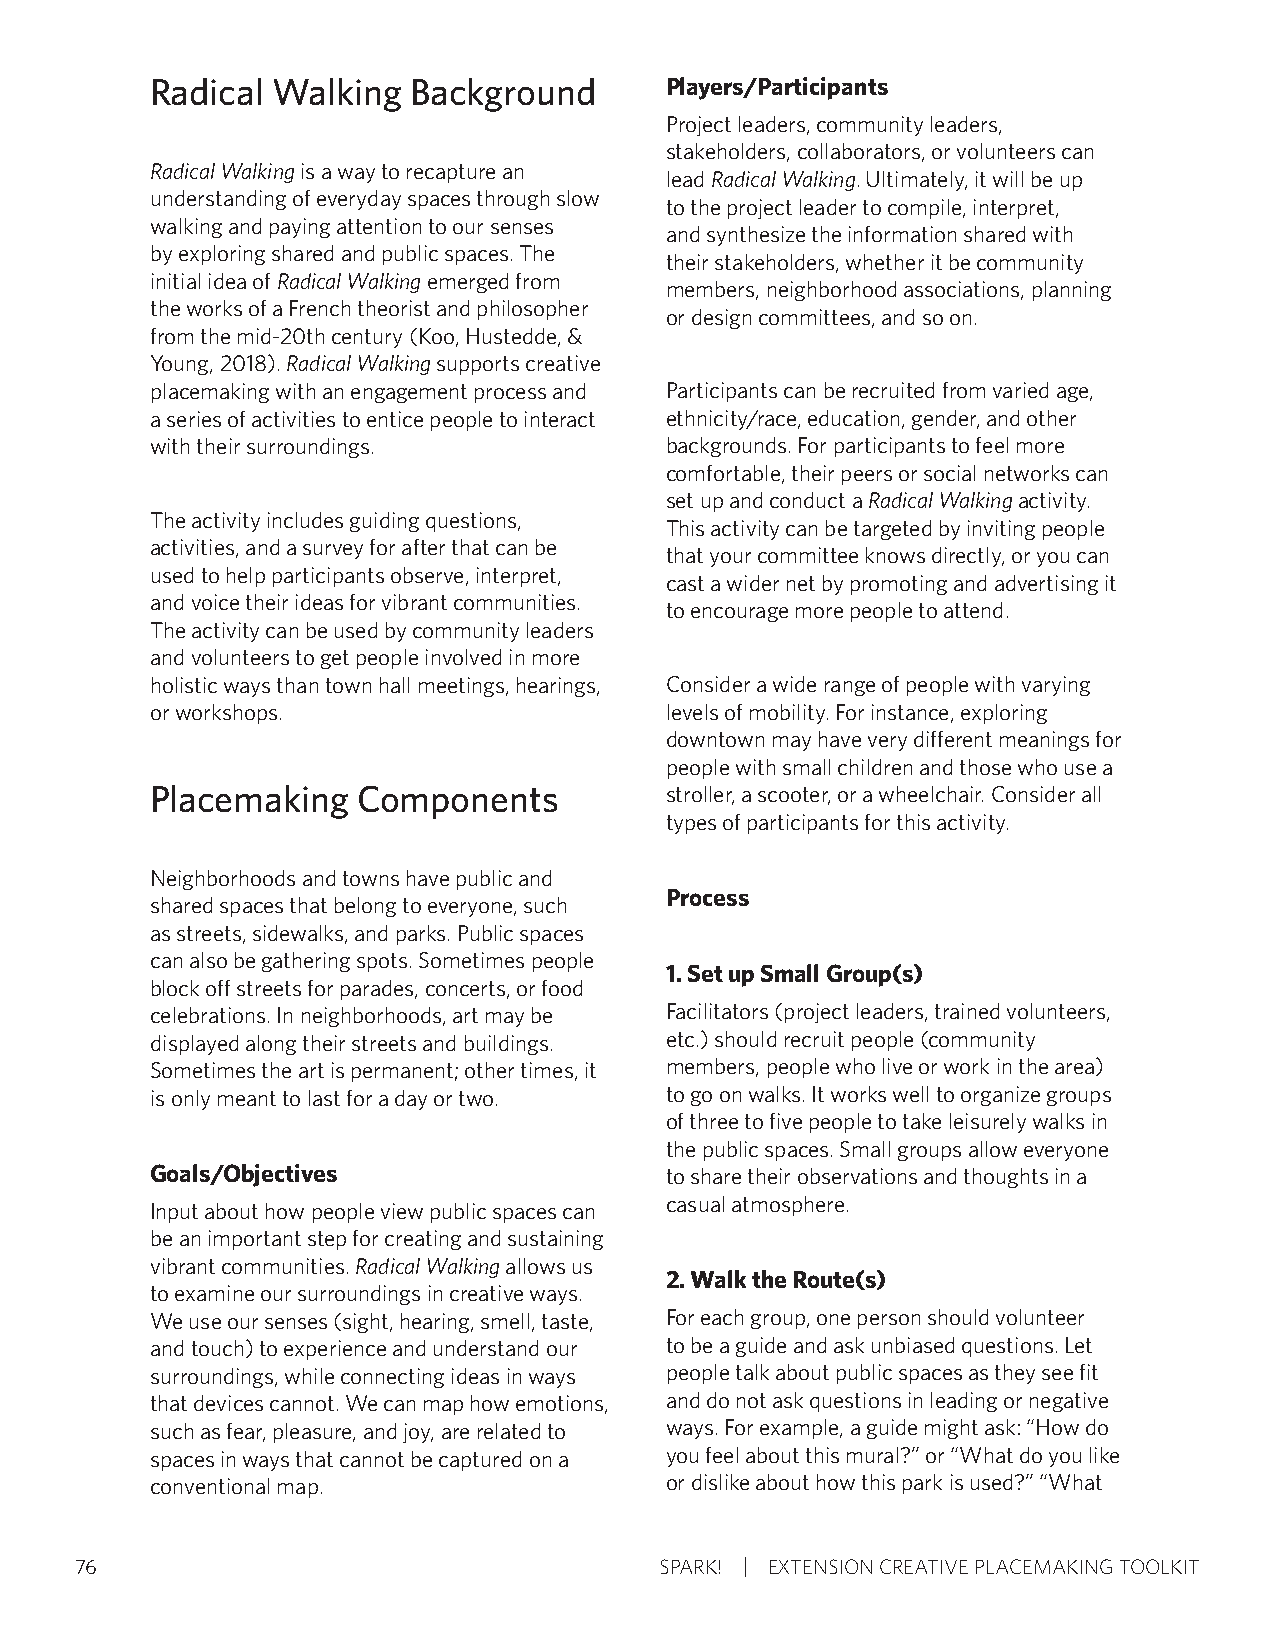
Radical Walking  Background       Players/Participants
 Project leaders, community leaders,
 stakeholders, collaborators, or volunteers can
 Radical Walking is a way to recapture an
 lead Radical Walking. Ultimately, it will be up
 understanding of everyday spaces through slow
 to the project leader to compile, interpret,
 walking and paying attention to our senses
 and synthesize the information shared with
 by exploring shared and public spaces. The
 their stakeholders, whether it be community
 initial idea of Radical Walking emerged from
 members, neighborhood associations, planning
 the works of a French theorist and philosopher
 or design committees, and so on.
 from the mid-20th century (Koo, Hustedde, &
 Young, 2018). Radical Walking supports creative
 placemaking with an engagement process and Participants can be recruited from varied age,
 a series of activities to entice people to interact ethnicity/race, education, gender, and other
 with their surroundings.          backgrounds. For participants to feel more
 comfortable, their peers or social networks can
 set up and conduct a Radical Walking activity.
 The activity includes guiding questions,
 This activity can be targeted by inviting people
 activities, and a survey for after that can be
 that your committee knows directly, or you can
 used to help participants observe, interpret,
 cast a wider net by promoting and advertising it
 and voice their ideas for vibrant communities.
 to encourage more people to attend.
 The activity can be used by community leaders
 and volunteers to get people involved in more
 holistic ways than town hall meetings, hearings, Consider a wide range of people with varying
 or workshops.                     levels of mobility. For instance, exploring
 downtown may have very different meanings for
 people with small children and those who use a
 Placemaking   Components          stroller, a scooter, or a wheelchair. Consider all
 types of participants for this activity.
 Neighborhoods and towns have public and
 Process
 shared spaces that belong to everyone, such
 as streets, sidewalks, and parks. Public spaces
 can also be gathering spots. Sometimes people
 1. Set up Small Group(s)
 block off streets for parades, concerts, or food
 celebrations. In neighborhoods, art may be Facilitators (project leaders, trained volunteers,
 displayed along their streets and buildings. etc.) should recruit people (community
 Sometimes the art is permanent; other times, it members, people who live or work in the area)
 is only meant to last for a day or two. to go on walks. It works well to organize groups
 of three to five people to take leisurely walks in
 the public spaces. Small groups allow everyone
 Goals/Objectives                  to share their observations and thoughts in a
 casual atmosphere.
 Input about how people view public spaces can
 be an important step for creating and sustaining
 vibrant communities. Radical Walking allows us
 2. Walk the Route(s)
 to examine our surroundings in creative ways.
 We use our senses (sight, hearing, smell, taste, For each group, one person should volunteer
 and touch) to experience and understand our to be a guide and ask unbiased questions. Let
 surroundings, while connecting ideas in ways people talk about public spaces as they see fit
 that devices cannot. We can map how emotions, and do not ask questions in leading or negative
 such as fear, pleasure, and joy, are related to ways. For example, a guide might ask: “How do
 spaces in ways that cannot be captured on a you feel about this mural?” or “What do you like
 conventional map.                 or dislike about how this park is used?” “What
 76                                     SPARK! EXTENSION CREATIVE PLACEMAKING TOOLKIT